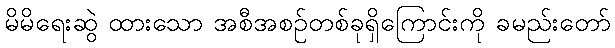
မိမိရေးဆွဲ ထားသော အစီအစဉ်တစ်ခုရှိကြောင်းကို ခမည်းတော်